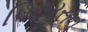
પિટરસન